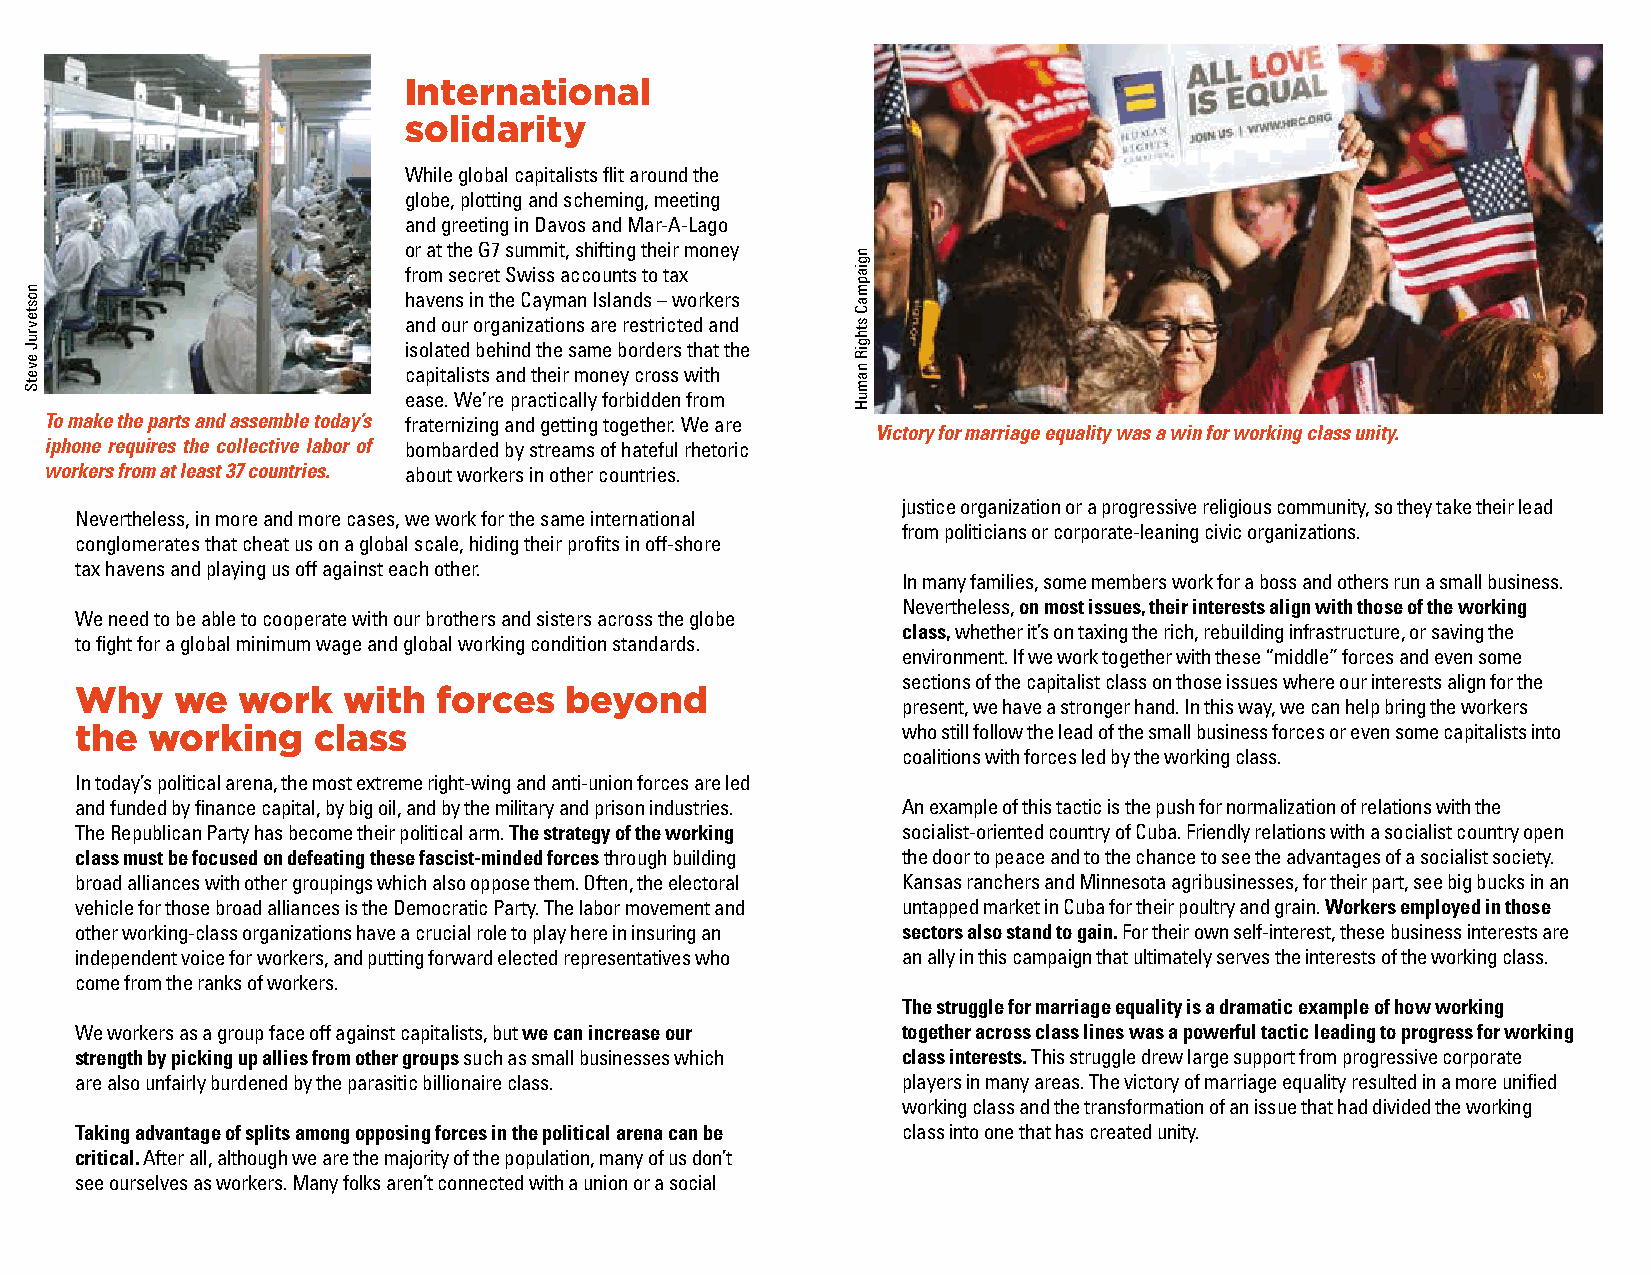
International
 solidarity
 While global capitalists flit around the
 globe, plotting and scheming, meeting
 and greeting in Davos and Mar-A-Lago
 or at the G7 summit, shifting their money
 from secret Swiss accounts to tax
 havens in the Cayman Islands – workers
 and our organizations are restricted and
 isolated behind the same borders that the
 capitalists and their money cross with
 ease. We’re practically forbidden from
 To make the parts and assemble today’s fraternizing and getting together. We are
 Victory for marriage equality was a win for working class unity.
 iphone requires the collective labor of bombarded by streams of hateful rhetoric
 workers from at least 37 countries. about workers in other countries.
 justice organization or a progressive religious community, so they take their lead
 Nevertheless, in more and more cases, we work for the same international
 from politicians or corporate-leaning civic organizations.
 conglomerates that cheat us on a global scale, hiding their profits in off-shore
 tax havens and playing us off against each other.
 In many families, some members work for a boss and others run a small business.
 Nevertheless, on most issues, their interests align with those of the working
 We need to be able to cooperate with our brothers and sisters across the globe
 class, whether it’s on taxing the rich, rebuilding infrastructure, or saving the
 to fight for a global minimum wage and global working condition standards.
 environment. If we work together with these “middle” forces and even some
 sections of the capitalist class on those issues where our interests align for the
 Why    we  work   with  forces  beyond
 present, we have a stronger hand. In this way, we can help bring the workers
 the  working    class                                  who still follow the lead of the small business forces or even some capitalists into
 coalitions with forces led by the working class.
 In today’s political arena, the most extreme right-wing and anti-union forces are led
 and funded by finance capital, by big oil, and by the military and prison industries. An example of this tactic is the push for normalization of relations with the
 The Republican Party has become their political arm. The strategy of the working socialist-oriented country of Cuba. Friendly relations with a socialist country open
 class must be focused on defeating these fascist-minded forces through building the door to peace and to the chance to see the advantages of a socialist society.
 broad alliances with other groupings which also oppose them. Often, the electoral Kansas ranchers and Minnesota agribusinesses, for their part, see big bucks in an
 vehicle for those broad alliances is the Democratic Party. The labor movement and untapped market in Cuba for their poultry and grain. Workers employed in those
 other working-class organizations have a crucial role to play here in insuring an sectors also stand to gain. For their own self-interest, these business interests are
 independent voice for workers, and putting forward elected representatives who an ally in this campaign that ultimately serves the interests of the working class.
 come from the ranks of workers.
 The struggle for marriage equality is a dramatic example of how working
 We workers as a group face off against capitalists, but we can increase our together across class lines was a powerful tactic leading to progress for working
 strength by picking up allies from other groups such as small businesses which class interests. This struggle drew large support from progressive corporate
 are also unfairly burdened by the parasitic billionaire class. players in many areas. The victory of marriage equality resulted in a more unified
 working class and the transformation of an issue that had divided the working
 Taking advantage of splits among opposing forces in the political arena can be class into one that has created unity.
 critical. After all, although we are the majority of the population, many of us don’t
 see ourselves as workers. Many folks aren’t connected with a union or a social
 nostevruJ
 evetS
 ngiapmaC
 sthgiR
 namuH